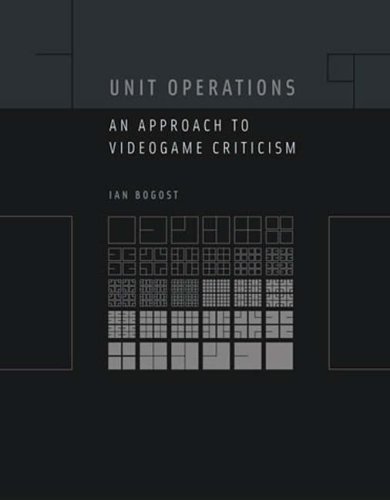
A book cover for Unit Operations: An Approach to Videogame Criticism; Ian Bogost; Computers & Technology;